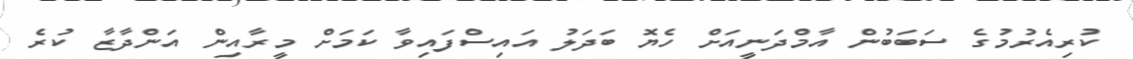
ކުރިއެރުމުގެ ސަބަބުން އާމްދަނީއަށް ހެޔޮ ބަދަލު އައިސްފައިވާ ކަމަށް މީރާއިން އަންދާޒާ ކުރެ